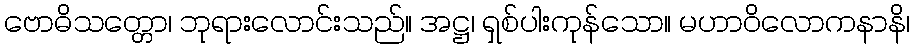
ဗောဓိသတ္တော၊ ဘုရားလောင်းသည်။ အဋ္ဌ၊ ရှစ်ပါးကုန်သော။ မဟာဝိလောကနာနိ၊